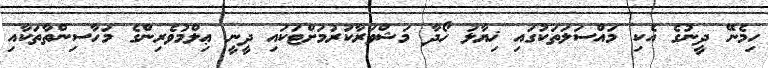
ހިމެނޭ ދީނުގެ އެކި މައްސަލަތަކުގައި ޚިޔާލު ހޯދާ މަޝްވަރާކުރުމަށްޓަކައި ދީނީ ޢިލްމުވެރިންގެ މަހާސިންތާތަކާއި